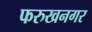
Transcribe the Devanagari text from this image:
फरुखनगर